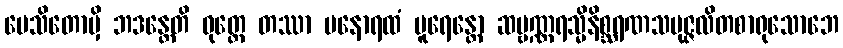
ပေသိတောမှိ ဘဒန္တေတိ ဝုတ္တေ တဿာ မနောရထံ ပူရေန္တော ဆဗ္ဗဏ္ဏရသ္မိနိစ္ဆရဏသမုဇ္ဇလိတစာရုသောဘေ